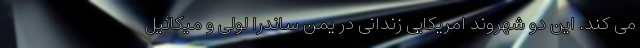
می کند. این دو شهروند امریکایی زندانی در یمن ساندرا لولی و میکائیل